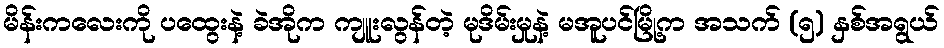
မိန်းကလေးကို ပထွေးနဲ့ ခဲအိုက ကျူးလွန်တဲ့ မုဒိမ်းမှုနဲ့ မအူပင်မြို့က အသက် (၅) နှစ်အရွယ်